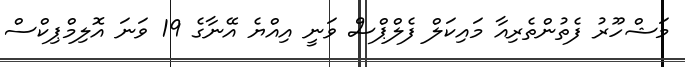
މަޝްހޫރު ފެތުންތެރިއާ މައިކަލް ފެލްޕްސް ވަނީ އިއްޔެ އޭނާގެ 19 ވަނަ އޮލިމްޕިކްސް